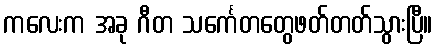
ကလေးက အခု ဂီတ သင်္ကေတတွေဖတ်တတ်သွားပြီ။